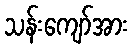
သန်းကျော်အား